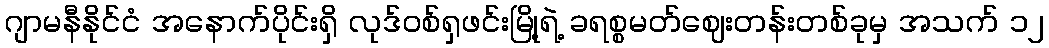
ဂျာမနီနိုင်ငံ အနောက်ပိုင်းရှိ လုဒ်ဝစ်ရှဖင်းမြို့ရဲ့ ခရစ္စမတ်ဈေးတန်းတစ်ခုမှ အသက် ၁၂